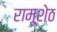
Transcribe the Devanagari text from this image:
रामूशेठ